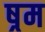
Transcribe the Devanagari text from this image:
ष्रम